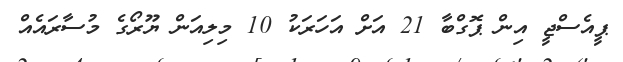
ޕީއެސްޖީ އިން ޕޮގްބާ 21 އަށް އަހަރަކު 10 މިލިއަން ޔޫރޯގެ މުސާރައެއް